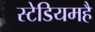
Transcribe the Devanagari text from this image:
स्टेडियमहै